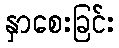
နှာစေးခြင်း